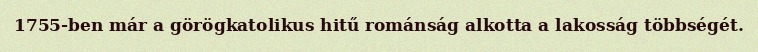
1755-ben már a görögkatolikus hitű románság alkotta a lakosság többségét.